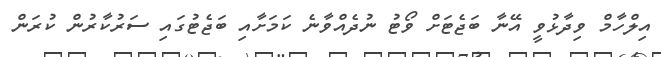
އިލްހާމް ވިދާޅުވީ އޭނާ ބަޖެޓަށް ވޯޓު ނުދެއްވާނެ ކަމަށާއި ބަޖެޓުގައި ސަރުކާރުން ކުރަން